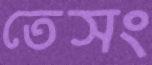
তেসং